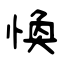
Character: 愌